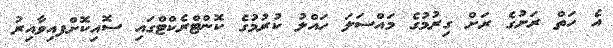
އެ ހަތް ރަށުގެ ރަށް ގިރުމުގެ މައްސަލަ ހައްލު ކުރުމުގެ ކޮންޓްރެކްޓްގައި ސޮއިކޮށްފއިވާއިރު